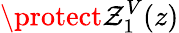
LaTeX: \protect\mathcal{Z}_{1}^{V}(z)